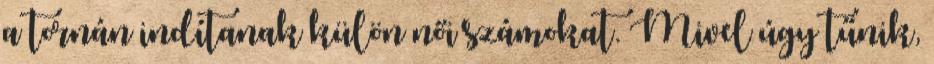
a tornán indítanak külön női számokat. Mivel úgy tűnik,